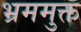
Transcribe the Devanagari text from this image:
भ्रममुक्त